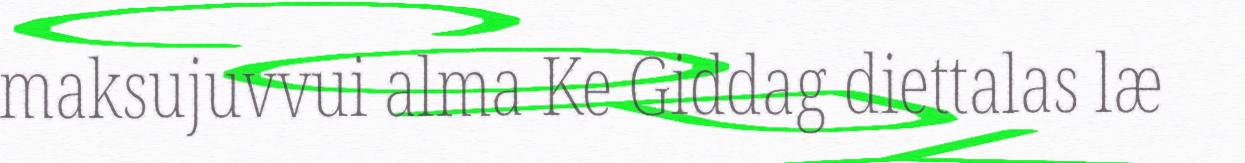
maksujuvvui alma Ke Giddag diettalas læ